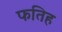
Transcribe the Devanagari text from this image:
फतिह